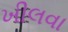
ખીલવા